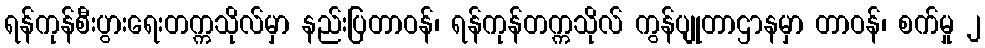
ရန်ကုန်စီးပွားရေးတက္ကသိုလ်မှာ နည်းပြတာဝန်၊ ရန်ကုန်တက္ကသိုလ် ကွန်ပျုတာဌာနမှာ တာဝန်၊ စက်မှု ၂